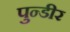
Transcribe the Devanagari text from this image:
पुन्डीर